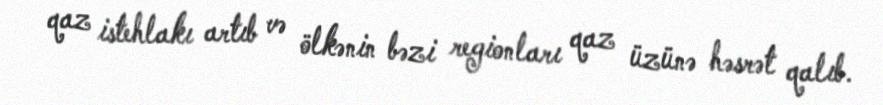
qaz istehlakı artıb və ölkənin bəzi regionları qaz üzünə həsrət qalıb.